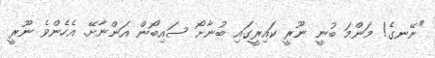
"ނޭނގެ! މަންމަ ބުނީ ނޫރީ ކައިރީގައި ބުނާށޯ ސައިބޯން އަންނާށޭ. އެހެންވެ ނޫރީ